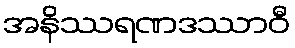
အနိဿရဏဒဿာဝီ